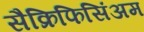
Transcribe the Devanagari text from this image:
सैक्रिफिसिंअम